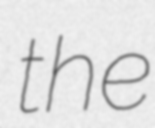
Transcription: the